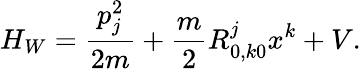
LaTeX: H_{W}=\frac{p_{j}^{2}}{2m}+\frac{m}{2}R_{0,k0}^{j}x^{k}+V.